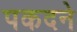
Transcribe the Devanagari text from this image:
पकदने